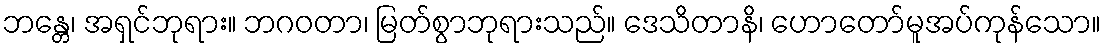
ဘန္တေ၊ အရှင်ဘုရား။ ဘဂဝတာ၊ မြတ်စွာဘုရားသည်။ ဒေသိတာနိ၊ ဟောတော်မူအပ်ကုန်သော။